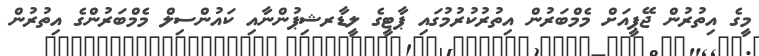
މީގެ އިތުރުން ޖޭޕީއަށް މެމްބަރުން އިތުރުކުރުމުގައި ޕާޓީގެ ލީޑާރޝިޕުންނާއި ކައުންސިލް މެމްބަރުންގެ އިތުރުން